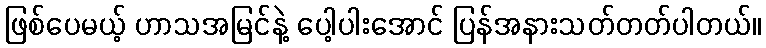
ဖြစ်ပေမယ့် ဟာသအမြင်နဲ့ ပေါ့ပါးအောင် ပြန်အနားသတ်တတ်ပါတယ်။